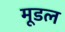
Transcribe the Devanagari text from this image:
मूडल